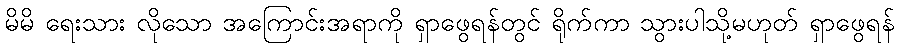
မိမိ ရေးသား လိုသော အကြောင်းအရာကို ရှာဖွေရန်တွင် ရိုက်ကာ သွားပါသို့မဟုတ် ရှာဖွေရန်